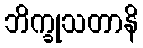
ဘိက္ခုသတာနိ